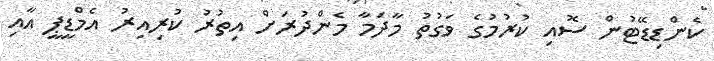
ކެންޑިޑޭޓުން ސޮއި ކުރުމުގެ ވަގުތު މާދަމާ މެންދުރަށް އިތުރު ކުރިއިރު އެމްޑީޕީ އާއި